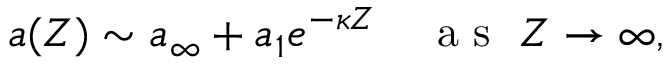
\begin{array} { r } { a ( Z ) \sim a _ { \infty } + a _ { 1 } e ^ { - \kappa Z } \quad \mathrm { ~ a ~ s ~ } \ Z \to \infty , } \end{array}